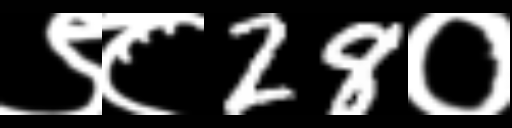
Text: ९८28०